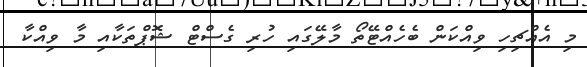
މި އެއްޗިހި ވިއްކަން ބެހެއްޓޭތޯ މާލޭގައި ހުރި ގެސްޓް ޝޮޕްތަކާއި މާ ވިއްކާ